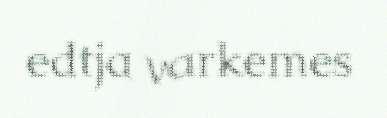
edtja varkemes